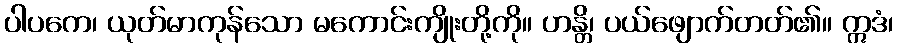
ပါပကေ၊ ယုတ်မာကုန်သော မကောင်းကျိုးတို့ကို။ ဟန္တိ၊ ပယ်ဖျောက်တတ်၏။ ဣဒံ၊